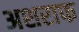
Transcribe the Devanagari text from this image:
अशराफ